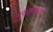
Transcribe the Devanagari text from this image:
मुसलमानादी